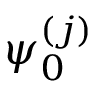
\psi _ { 0 } ^ { ( j ) }